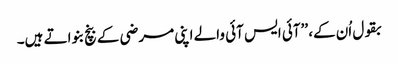
بقول اُن کے، ’’آئی ایس آئی والے اپنی مرضی کے بنچ بنواتے ہیں۔